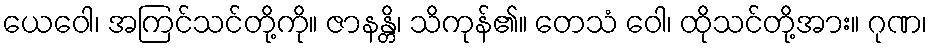
ယေဝေါ၊ အကြင်သင်တို့ကို။ ဇာနန္တိ၊ သိကုန်၏။ တေသံ ဝေါ၊ ထိုသင်တို့အား။ ဂုဏ၊